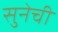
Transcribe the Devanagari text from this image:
सुनेची